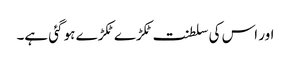
اور اس کی سلطنت ٹکڑے ٹکڑے ہو گئی ہے۔